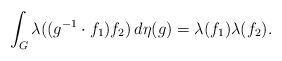
LaTeX: \begin{align*}\int_G \lambda((g^{-1} \cdot f_1)f_2) \, d\eta(g) = \lambda(f_1) \lambda(f_2).\end{align*}